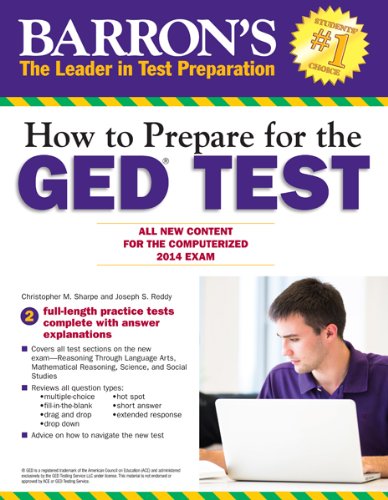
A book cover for How to Prepare for the GEDÂ® Test: All New Content for the Computerized 2014 Exam (Barron's Ged (Book Only)); Christopher Sharpe; Test Preparation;